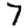
Digit: 7